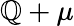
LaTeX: \mathbb{Q}+\mu